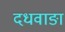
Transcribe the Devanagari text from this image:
दधवाङा